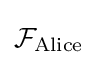
{\mathcal {F}}_{\text{Alice}}